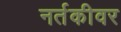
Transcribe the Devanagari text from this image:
नर्तकीवर